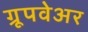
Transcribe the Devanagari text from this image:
ग्रूपवेअर